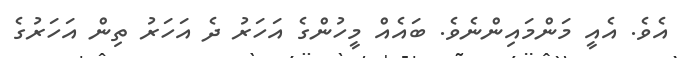
އެވެ. އެއީ މަންމައިންނެވެ. ބައެއް މީހުންގެ އަހަރު ދެ އަހަރު ތިން އަހަރުގެ